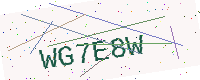
Text: WG7E8W